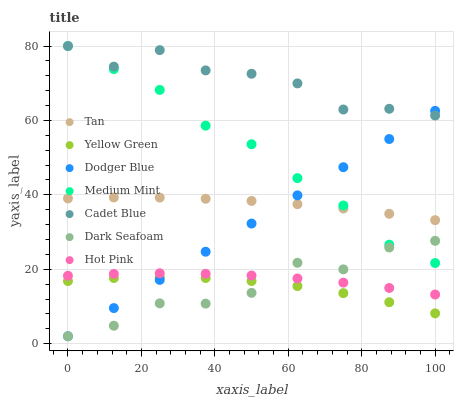
| xaxis_label | Tan | Yellow Green | Dodger Blue | Medium Mint | Cadet Blue | Dark Seafoam | Hot Pink |
 | --- | --- | --- | --- | --- | --- | --- | --- |
 | 0 | 39 | 16.8 | 2 | 80 | 80 | 2 | 18.3 |
 | 12.5 | 39.3 | 17.6 | 9.57 | 73.8 | 74.5 | 4.83 | 18.8 |
 | 25 | 39.3 | 17.9 | 17.1 | 68.2 | 78.9 | 10.8 | 18.9 |
 | 37.5 | 39 | 17.7 | 24.7 | 58.6 | 73.4 | 10.8 | 18.8 |
 | 50 | 38.4 | 16.8 | 32.3 | 53.6 | 72.5 | 13.7 | 18.3 |
 | 62.5 | 37.5 | 15.5 | 39.9 | 44.5 | 70 | 21.7 | 17.5 |
 | 75 | 36.3 | 13.6 | 47.4 | 37.1 | 62.9 | 20 | 16.4 |
 | 87.5 | 34.9 | 11.1 | 55 | 26.6 | 63.1 | 25.9 | 15 |
 | 100 | 33.2 | 8.16 | 62.6 | 21.7 | 61.3 | 27.6 | 13.2 |